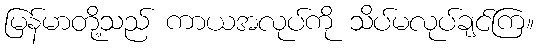
မြန်မာတို့သည် ကာယအလုပ်ကို သိပ်မလုပ်ချင်ကြ။